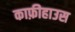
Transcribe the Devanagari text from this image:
काफ़ीहाउस